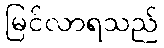
မြင်လာရသည်